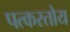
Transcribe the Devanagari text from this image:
पत्करतोय